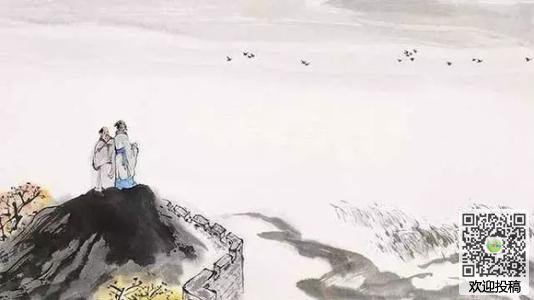
伤心千古，秦淮一片明月！